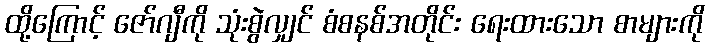
ထို့ကြောင့် ဇော်ဂျီကို သုံးစွဲလျှင် စံစနစ်အတိုင်း ရေးထားသော စာများကို